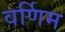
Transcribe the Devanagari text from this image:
वर्णिम